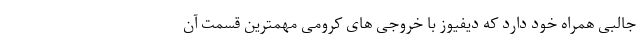
جالبی همراه خود دارد که دیفیوز با خروجی های کرومی مهمترین قسمت آن